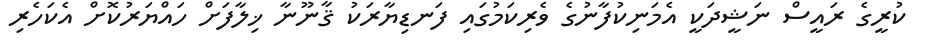
ކުރީގެ ރައީސް ނަޝީދަކީ އެމަނިކުފާނުގެ ވެރިކަމުގައި ފަނޑިޔާރަކު ޤާނޫނާ ޚިލާފަށް ހައްޔަރުކޮށް އެކަހެރި